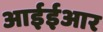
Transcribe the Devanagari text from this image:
आईईआर